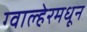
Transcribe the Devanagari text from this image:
ग्वाल्हेरमधून